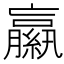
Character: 𦆁